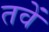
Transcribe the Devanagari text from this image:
तवें